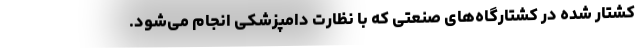
کشتار شده در کشتارگاه‌های صنعتی که با نظارت دامپزشکی انجام می‌شود.